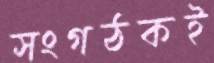
সংগঠকই